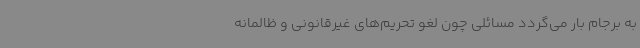
به برجام بار می‌گردد مسائلی چون لغو تحریم‌های غیرقانونی و ظالمانه